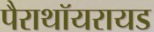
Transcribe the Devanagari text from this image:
पैराथॉयरायड